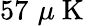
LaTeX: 57\, \, \mu\mathrm{~K~}